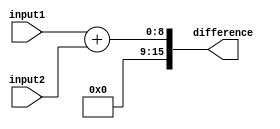
module arithmetic_block(
    input [7:0] input1,
    input [7:0] input2,
    output [15:0] difference
);

assign difference = input1 + input2;

endmodule